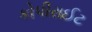
કોપીરાઈટ